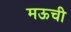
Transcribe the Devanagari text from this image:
मऊची